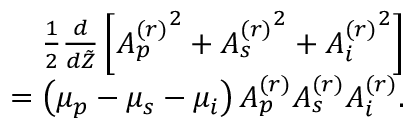
\begin{array} { r } { \frac { 1 } { 2 } \frac { d } { d \tilde { Z } } \left[ { A _ { p } ^ { ( r ) } } ^ { 2 } + { A _ { s } ^ { ( r ) } } ^ { 2 } + { A _ { i } ^ { ( r ) } } ^ { 2 } \right] } \\ { = \left( \mu _ { p } - \mu _ { s } - \mu _ { i } \right) A _ { p } ^ { ( r ) } A _ { s } ^ { ( r ) } A _ { i } ^ { ( r ) } . } \end{array}